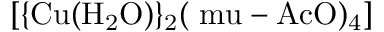
\mathrm { \small { [ \{ C u ( H _ { 2 } O ) \} _ { 2 } ( \ m u - A c O ) _ { 4 } ] } }